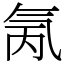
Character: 氞